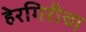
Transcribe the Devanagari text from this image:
हेरगिरीचा